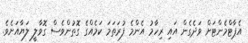
އެޕާޓްމެންޓަށް ވަދެގެން އައި ރިހާމު އެންމެ ފުރަތަމަ ކަމެއްގެ ގޮތުންވެސް ގޮވާލީ ލަޔާއަށެވެ.